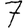
Digit: 7